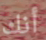
أنك